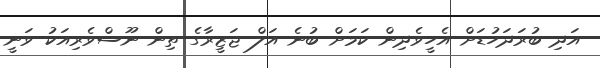
އަދި ބުރަދަހުޑަށް އެހީވެދިން ކަމަށް ބުނެ އަލް ޖަޒީރާގެ ތިން ނޫސްވެރިއަކު ވަނީ